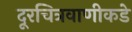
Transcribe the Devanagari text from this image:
दूरचित्रवाणीकडे